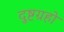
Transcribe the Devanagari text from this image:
दुष्टग्रहो